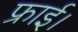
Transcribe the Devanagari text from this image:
फ्राई।